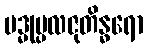
ပဒ္မုပ္ပလဇုတိန္ဓရော